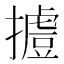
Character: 𢶐